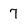
Character: 7